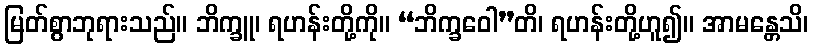
မြတ်စွာဘုရားသည်။ ဘိက္ခူ၊ ရဟန်းတို့ကို။ “ဘိက္ခဝေါ”တိ၊ ရဟန်းတို့ဟူ၍။ အာမန္တေသိ၊